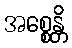
အစ္စေန္တိ